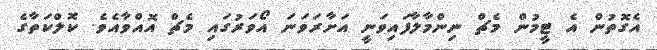
އެގޮތުން އެ ޓީމުން މެޗް ނިންމާލާފައިވަނީ އަށާރަވަނަ އޯވަރުގައި މެޗް އޮއްވާއެވެ. ކޮލްކަތާގެ